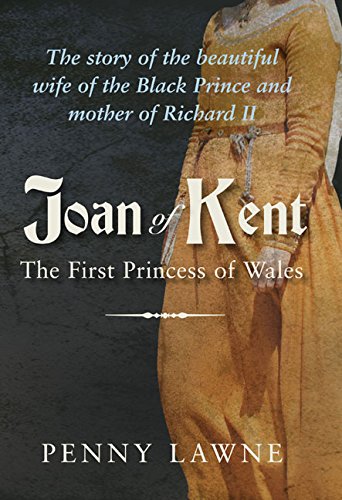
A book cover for Joan of Kent: First Princess of Wales; Penny Lawne; Biographies & Memoirs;